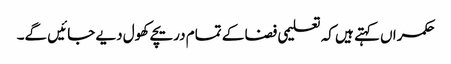
حکمراں کہتے ہیں کہ تعلیمی فضا کے تمام دریچے کھول دیے جائیں گے۔